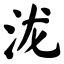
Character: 泷